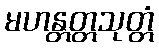
မဟန္တတ္တသုတ္တံ